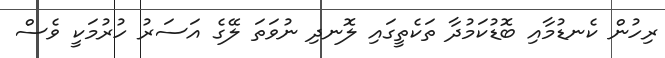
ރިހުން ކެނޑުމާއި ބޮޑުކަމުދާ ތަކެތީގައި ލޮނދި ނުވަތަ ލޭގެ އަސަރު ހުރުމަކީ ވެސް